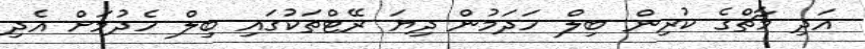
އަދި މާޗްގެ ކުރިން ބިލް ހަދަމުން ދިޔަ ރޭޓްތަކުގައި ބިލް ހެދުމަށް އެދި